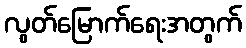
လွတ်မြောက်ရေးအတွက်